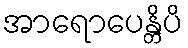
အာရောပေန္တိပိ